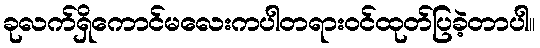
ခုလက်ရှိကောင်မလေးကပါတရားဝင်ထုတ်ပြခဲ့တာပါ။